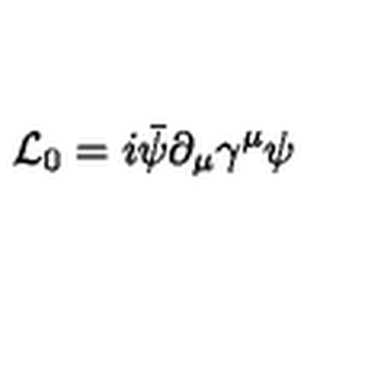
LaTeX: { \cal L } _ { 0 } = i \bar { \psi } \partial _ { \mu } \gamma ^ { \mu } \psi